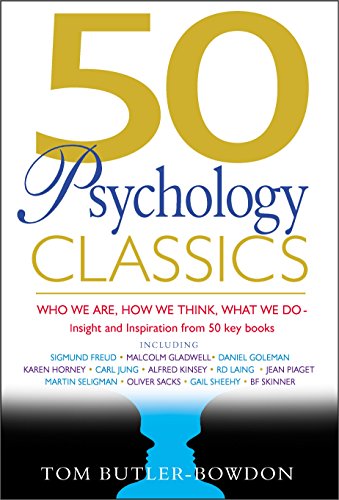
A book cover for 50 Psychology Classics: Who We Are, How We Think, What We Do: Insight and Inspiration from 50 Key Books (50 Classics); Tom Butler-Bowdon; Health, Fitness & Dieting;